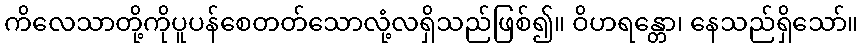
ကိလေသာတို့ကိုပူပန်စေတတ်သောလုံ့လရှိသည်ဖြစ်၍။ ဝိဟရန္တော၊ နေသည်ရှိသော်။